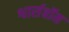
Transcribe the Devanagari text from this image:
श्वार्सबॉम